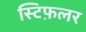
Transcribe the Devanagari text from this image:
स्टिफ़लर